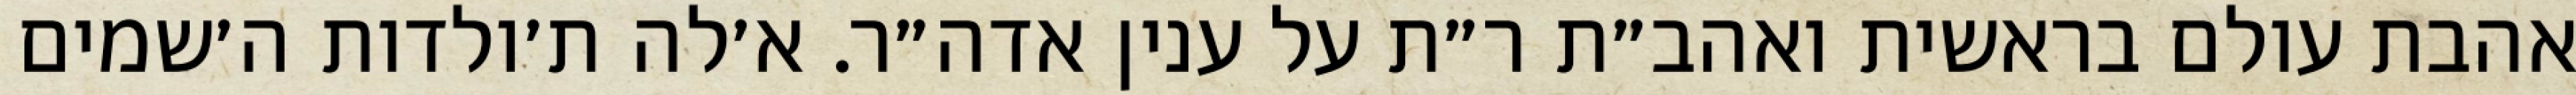
אהבת עולם בראשית ואהב״ת ר״ת על ענין אדה״ר. א׳לה ת׳ולדות ה׳שמים